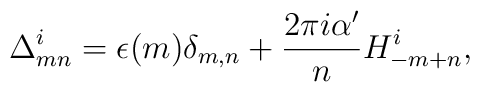
\Delta^i_{mn} = \epsilon(m)\delta_{m,n}           + \frac{2 \pi i \alpha'}{n} H^i_{-m+n} ,